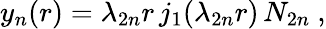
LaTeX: y_{n}(r)=\lambda_{2n}r\, j_{1}(\lambda_{2n}r)\, N_{2n}\ ,